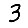
Digit: 3